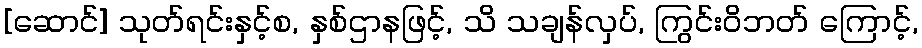
[ဆောင်] သုတ်ရင်းနှင့်စ, နှစ်ဌာနဖြင့်, သိ သချန်လှပ်, ကြွင်းဝိဘတ် ကြောင့်,